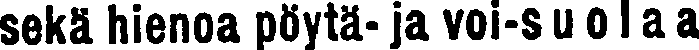
sekä hienoa pöytä- ja voi-s u o l a a